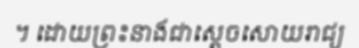
។ ដោយព្រះនាងជាស្តេចសោយរាជ្យ